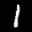
Label: 1